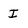
Character: I